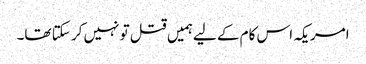
امریکہ اس کام کے لیےہمیں قتل تو نہیں کر سکتا تھا۔